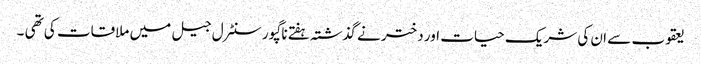
یعقوب سے ان کی شریک حیات اور دختر نے گذشتہ ہفتے ناگپور سنٹرل جیل میں ملاقات کی تھی ۔